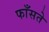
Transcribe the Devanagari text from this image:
फाँसते